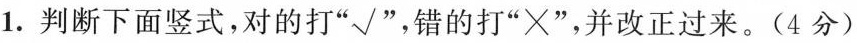
1.判断下面竖式，对的打”√”，错的打”×”，并改正过来。(4分)